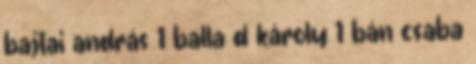
bajtai andrás 1 balla d károly 1 bán csaba